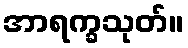
အာရက္ခသုတ်။